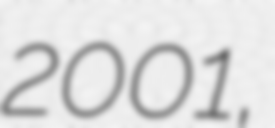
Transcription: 2001,